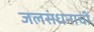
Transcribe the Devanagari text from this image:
जलसंधनाची